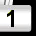
Digit: 1